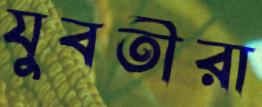
যুবতীরা